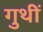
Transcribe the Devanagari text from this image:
गुथीं